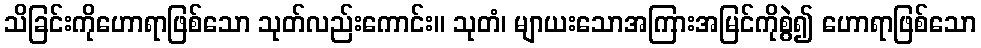
သိခြင်းကိုဟောရာဖြစ်သော သုတ်လည်းကောင်း။ သုတံ၊ မျာယးသောအကြားအမြင်ကိုစွဲ၍ ဟောရာဖြစ်သော